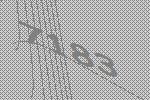
7183